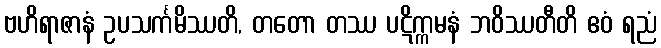
ဗဟိရာဇာနံ ဥပသင်္ကမိဿတိ, တတော တဿ ပဋိက္ကမနံ ဘဝိဿတီတိ ဧဝံ ရညံ